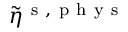
\tilde { \eta } ^ { \mathrm { ~ s ~ } , \mathrm { ~ p ~ h ~ y ~ s ~ } }